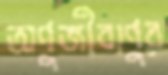
অণুজীবাণুর